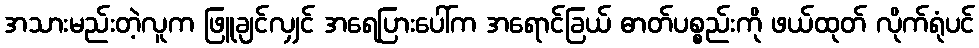
အသားမည်းတဲ့လူက ဖြူချင်လျှင် အရေပြားပေါ်က အရောင်ခြယ် ဓာတ်ပစ္စည်းကို ဖယ်ထုတ် လိုက်ရုံပင်